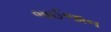
ભાઈજાન